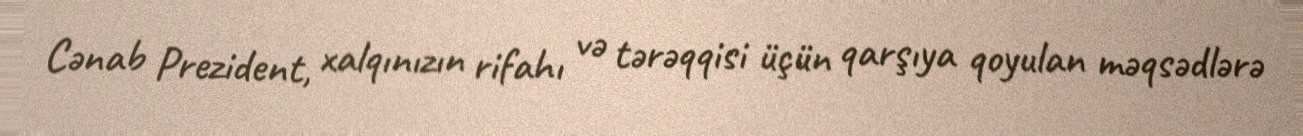
Cənab Prezident, xalqınızın rifahı və tərəqqisi üçün qarşıya qoyulan məqsədlərə